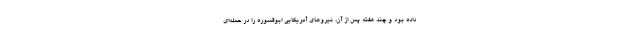
داده بود و چند هفته پس از آن، نیروهای آمریکایی ابوقسوره را در حمله‌ای